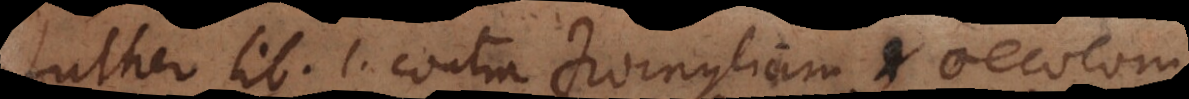
uther lib. 1. contra Zwinglium et Oecolam